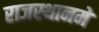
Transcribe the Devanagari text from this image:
राजस्थानमे